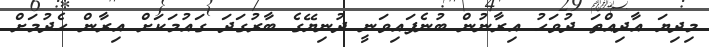
މިދިޔަ އާދިއްތަ ދުވަހު އިރާނުން ބުނެފައިވަނީ ދުނިޔޭގެ ބާރުގަދަ ގައުމަކަށް އިރާން ހެދުމަށް